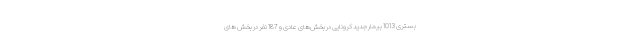
بستری 1013 بیمار جدید کرونایی در بخش‌های عادی و 187 نفر در بخش های